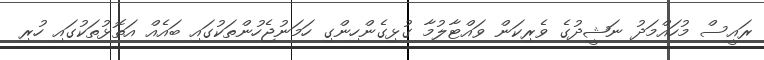
ރައީސް މުހައްމަދު ނަޝީދުގެ ވެރިކަން ވައްޓާލުމާ ގުޅިގެންހިންގި ހަމަނުޖެހުންތަކުގައި ބައެއް އަތޮޅުތަކުގައި ހުރި